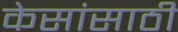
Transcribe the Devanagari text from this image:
केसांसाठी